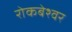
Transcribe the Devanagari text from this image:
रोकबेश्वर